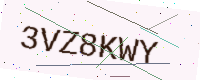
Text: 3VZ8KWY